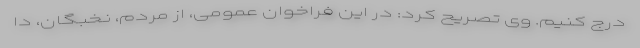
درج کنیم. وی تصریح کرد: در این فراخوان عمومی، از مردم، نخبگان، دا